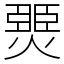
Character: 燛